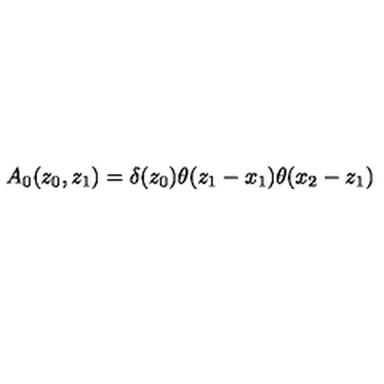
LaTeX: A _ { 0 } ( z _ { 0 } , z _ { 1 } ) = \delta ( z _ { 0 } ) \theta ( z _ { 1 } - x _ { 1 } ) \theta ( x _ { 2 } - z _ { 1 } )